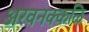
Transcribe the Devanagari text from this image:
अरवनक्कळि